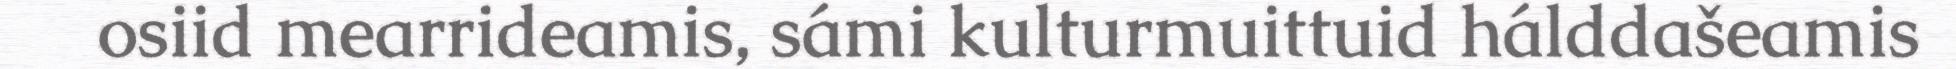
osiid mearrideamis, sámi kulturmuittuid hálddašeamis